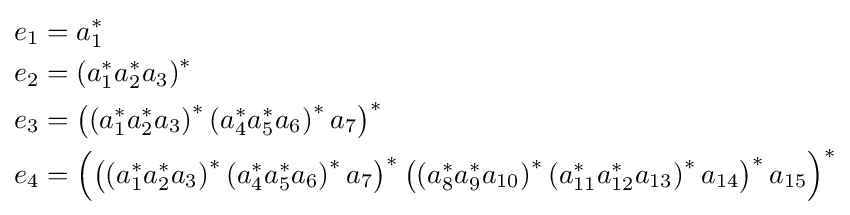
{\begin{alignedat}{2}e_{1}&=a_{1}^{*}\\e_{2}&=\left(a_{1}^{*}a_{2}^{*}a_{3}\right)^{*}\\e_{3}&=\left(\left(a_{1}^{*}a_{2}^{*}a_{3}\right)^{*}\left(a_{4}^{*}a_{5}^{*}a_{6}\right)^{*}a_{7}\right)^{*}\\e_{4}&=\left(\left(\left(a_{1}^{*}a_{2}^{*}a_{3}\right)^{*}\left(a_{4}^{*}a_{5}^{*}a_{6}\right)^{*}a_{7}\right)^{*}\left(\left(a_{8}^{*}a_{9}^{*}a_{10}\right)^{*}\left(a_{11}^{*}a_{12}^{*}a_{13}\right)^{*}a_{14}\right)^{*}a_{15}\right)^{*}\end{alignedat}}